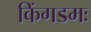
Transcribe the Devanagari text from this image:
किंगडमः